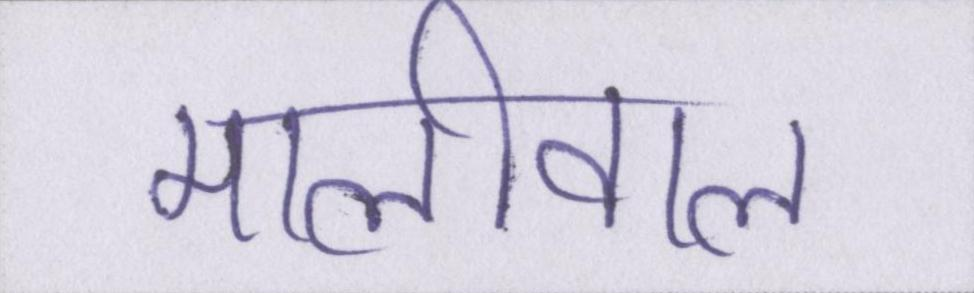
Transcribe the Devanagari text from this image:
मालीवाल